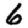
Digit: 6